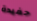
حفيدة